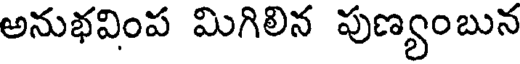
అనుభవింప మిగిలిన పుణ్యంబున